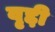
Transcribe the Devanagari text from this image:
वृद्दी